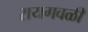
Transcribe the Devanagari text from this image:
रायगवळी